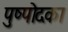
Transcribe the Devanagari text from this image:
पुष्पोदका